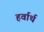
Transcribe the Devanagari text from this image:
हर्वार्थ